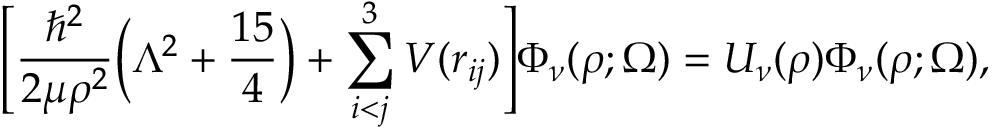
\Bigg [ \frac { \hbar ^ { 2 } } { 2 \mu \rho ^ { 2 } } \Big ( \Lambda ^ { 2 } + \frac { 1 5 } { 4 } \Big ) + \sum _ { i < j } ^ { 3 } V ( r _ { i j } ) \Bigg ] \Phi _ { \nu } ( \rho ; \Omega ) = U _ { \nu } ( \rho ) \Phi _ { \nu } ( \rho ; \Omega ) ,